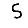
Digit: 5